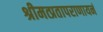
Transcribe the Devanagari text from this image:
श्रीमत्प्रतापराणायनं